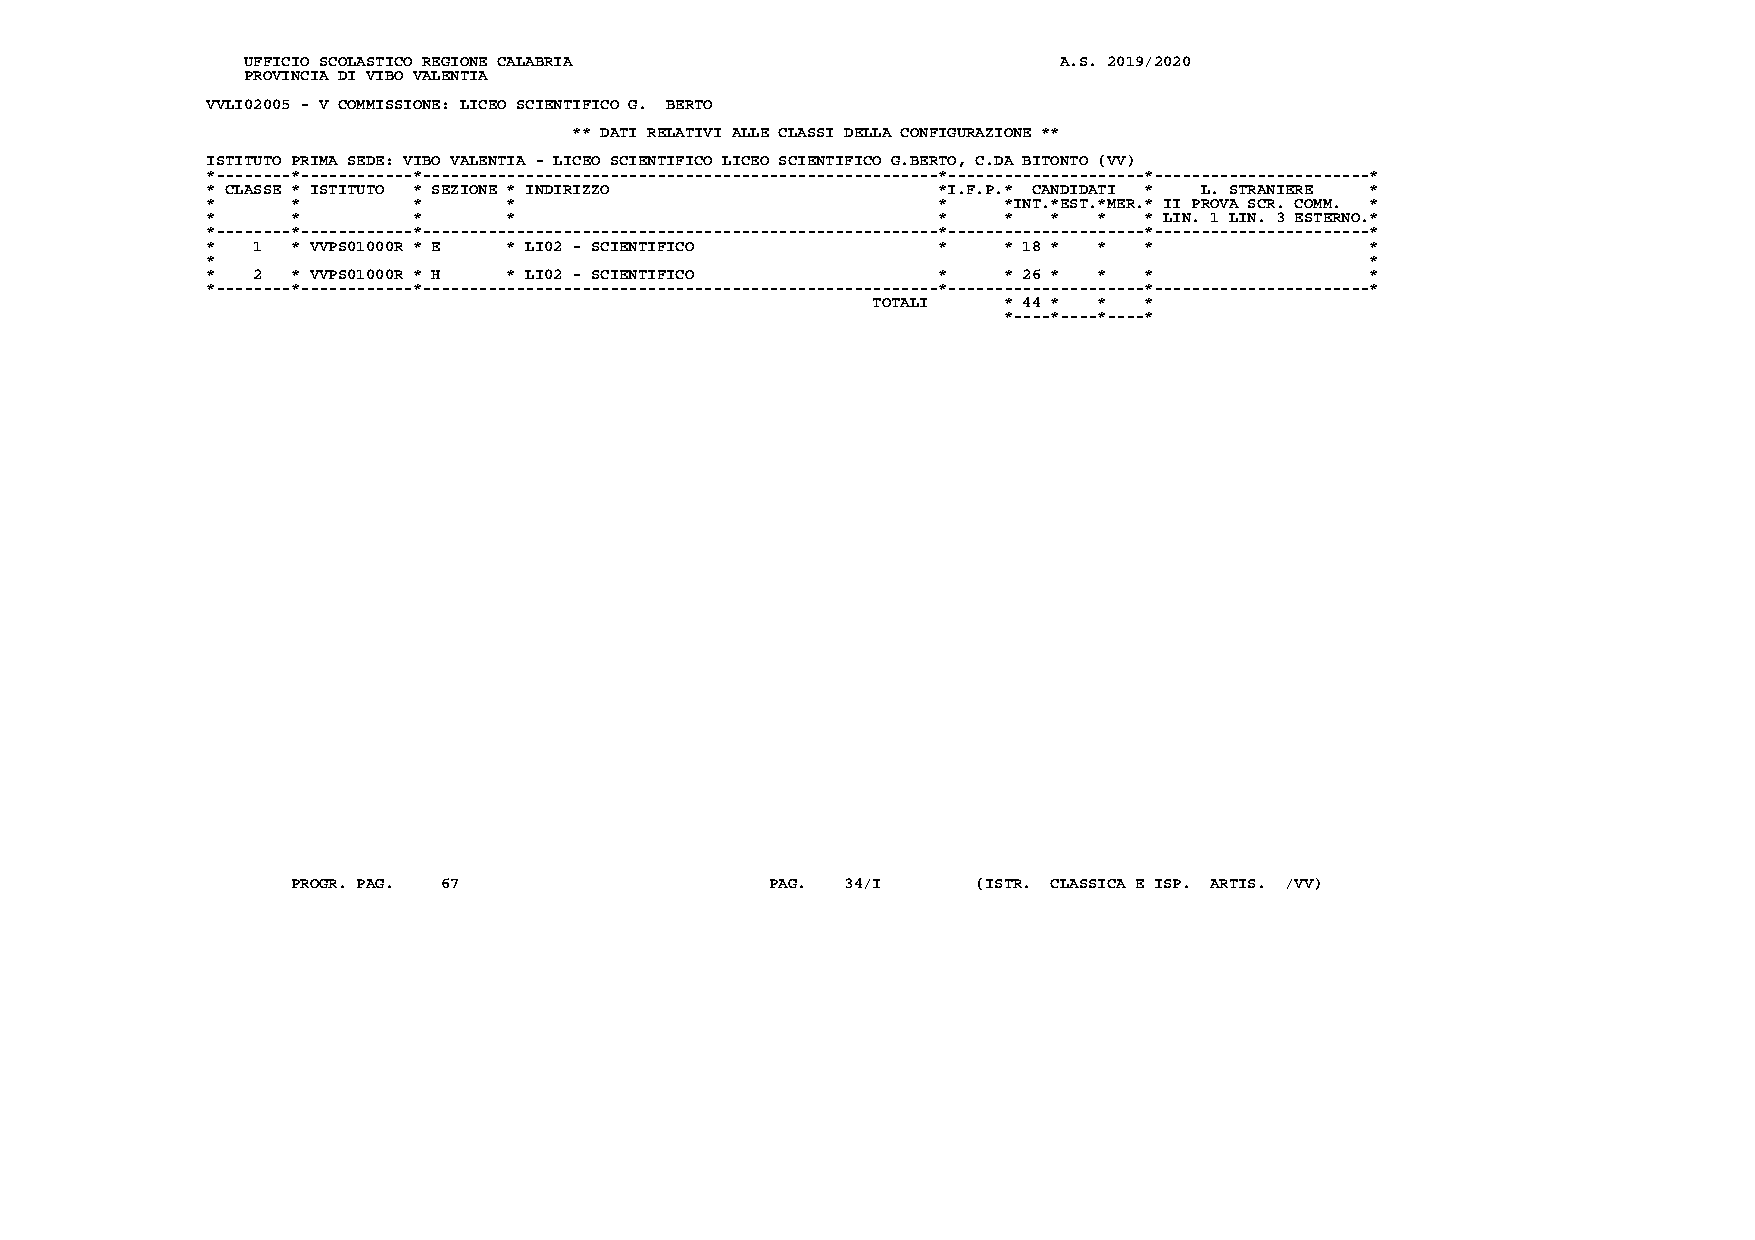
UFFICIO SCOLASTICO REGIONE CALABRIA                   A.S. 2019/2020
 PROVINCIA DI VIBO VALENTIA
 VVLI02005 - V COMMISSIONE: LICEO SCIENTIFICO G. BERTO
 ** DATI RELATIVI ALLE CLASSI DELLA CONFIGURAZIONE **
 ISTITUTO PRIMA SEDE: VIBO VALENTIA - LICEO SCIENTIFICO LICEO SCIENTIFICO G.BERTO, C.DA BITONTO (VV)
 *--------*------------*-------------------------------------------------------*---------------------*-----------------------*
 * CLASSE * ISTITUTO * SEZIONE * INDIRIZZO       *I.F.P.* CANDIDATI * L. STRANIERE *
 *    *       *      *                           *   *INT.*EST.*MER.* II PROVA SCR. COMM. *
 *    *       *      *                           *   *   *  *  * LIN. 1 LIN. 3 ESTERNO.*
 *--------*------------*-------------------------------------------------------*---------------------*-----------------------*
 *  1 * VVPS01000R * E * LI02 - SCIENTIFICO      *   * 18 * *  *              *
 *                                                                            *
 *  2 * VVPS01000R * H * LI02 - SCIENTIFICO      *   * 26 * *  *              *
 *--------*------------*-------------------------------------------------------*---------------------*-----------------------*
 TOTALI  * 44 * *  *
 *----*----*----*
 PROGR. PAG. 67                  PAG. 34/I     (ISTR. CLASSICA E ISP. ARTIS. /VV)